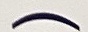
)